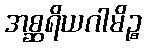
အစ္ဆရိယဂါမိဉ္စ